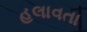
હલાવતા